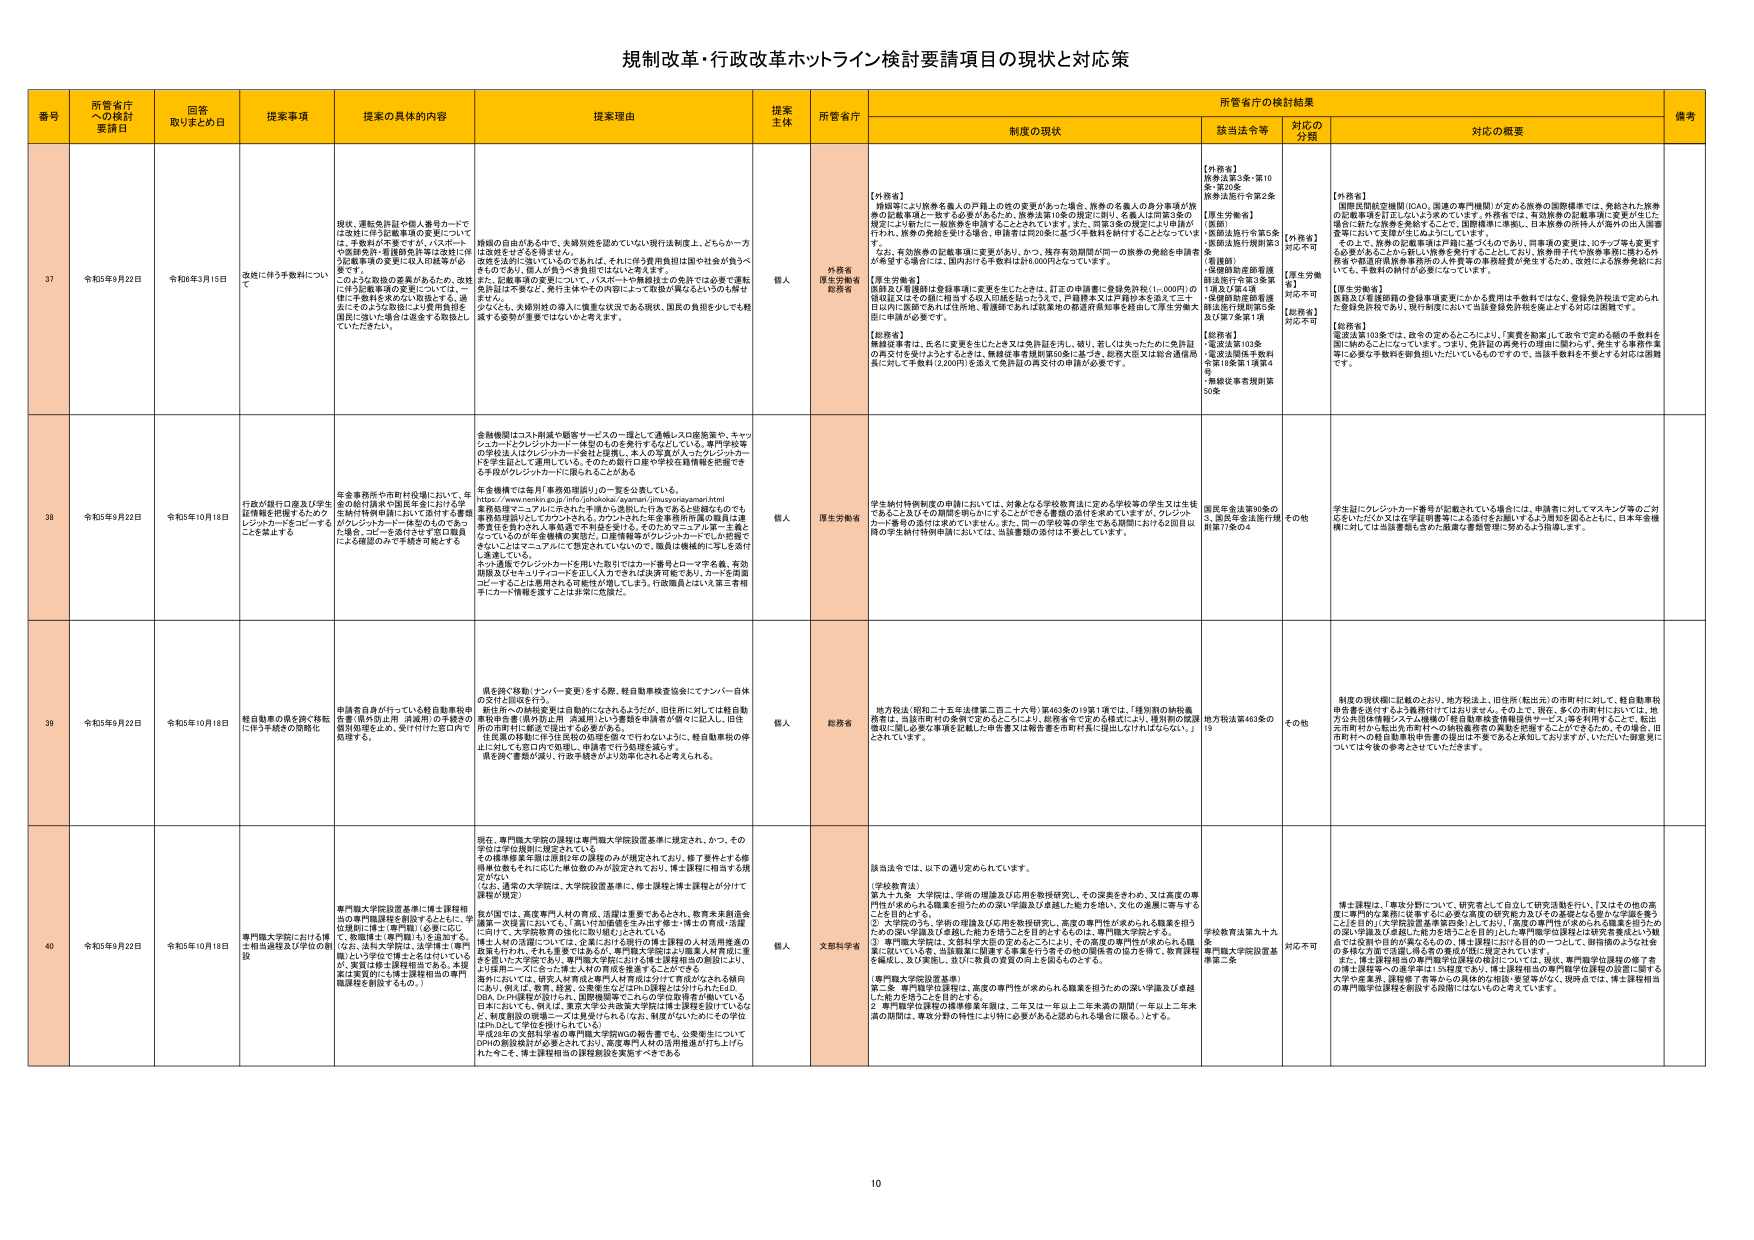
規制改革・行政改革ホットライン検討要請項目の現状と対応策

番号 所管省庁への検討要請日 回答取りまとめ日 提案事項 提案の具体的内容 提案理由 提案主体 所管省庁 制度の現状 所管省庁の検討結果 備考
該当法令等 対応の分類 対応の概要

37 令和5年9月22日 令和6年3月15日 改税に伴う手数料について 現在、運転免許証や個人番号カードでは改姓に伴う記載事項の変更については、手数料が不要ですが、パスポートや旅券等、税関税務等では改姓に伴う記載事項の変更に投入した結果が必ずしも一致しない。このような取扱の差異があるため、改姓に伴う記載事項の変更については、一律に手数料を課さない制度とする。過去にそのような取扱によう旅券用紙を国税に預けた場合は返金する取扱をしていただきたい。 傾向の自由がある中で、夫婦別姓を認めない現行法制度上、どちらか一方が改姓をする旨を届け出、改姓を法的に認しているものであれば、それに伴う旅券用紙は国や社会が負うべきものであり、個人が負うべき負担ではないと考えます。また、記載事項の変更について、パスポートや旅券はその発行にが必要で運転免許証は不要など、発行主体やその内容によって取扱が異なるというのも解せません。少なくとも、夫婦別姓の導入に慎重な状況である現状、国民の負担を少しでも軽減する姿勢が重要ではないかと考えます。 個人 外務省 厚生労働省 総務省 【外務省】
・旅券法により旅券を個人の戸籍上の姓の変更があった場合、旅券の名義人の身分事項が旅券の記載事項に一致する必要があるため、旅券法第10条の規定に則り、名義人は同第3条の規定により新たに「旅券番号申請書」を提出しなければなりません。また、同第3条の規定により申請が行われ、旅券の再発行を行う場合、申請者と氏名等に変更の申請を届け出ることとなっており、なお、有効旅券の記載事項に変更があり、かつ、残存有効期間が同一の旅券の発給を申請者が希望する場合には、国内おける手数料は16,000円となっています。
【厚生労働省】
・国際及び看護師は登録事項に変更を生じたときは、訂正の申請書に登録免許税（1,000円）の別収以外にその間に相当する収入印紙を貼ったうえで、手数料を3万円相当を支払って手数料に支払う必要がある。また、同一の手数料の発行である旅券に加えて2回目以降に手数料が必要です。
【総務省】
・運転免許証は、氏名に変更を生じたときは免許証を汚し、破り、若しくは失ったために免許証の再交付を受けようとするときは、無線従事者規則第50条に基づき、総務大臣又は総合通信局長に対して手数料（2,200円）を添えて免許証の再交付の申請が必要です。 【外務省】
旅券法第3条・第10条・第20条
旅券法施行令第2条
【厚生労働省】
（医師）
・医師法施行令第5条
・医師法施行規則第3条
（看護師）
・看護師助産師看護師法施行令第3条第1項及び第4項
・看護師助産師看護師法施行規則第5条及び第7条第1項
【総務省】
・運転法第103条
・電波法関係手数料令第18条第1項第4号
・無線従事者規則第50条 【外務省】
対応不可
【厚生労働省】
対応不可
【総務省】
対応不可 【外務省】
・国際証明書管理（ICAO、国連の専門機関）が定める旅券の国際標準では、発給された旅券の記載事項を訂正しないよう定めています。外務省では、有効旅券の記載事項に変更が生じた場合に新たに旅券を発行することとし、国際標準に準拠し、日本旅券の所持人が海外の出入国審査等において支障がないようにしています。
・その上で、旅券の記載事項は戸籍に基づくものであり、同審査の要件は、ICチップ等も変更する必要があることから新しい旅券を発行することとしており、旅券発行代や旅券事務に関する行政費や都道府県旅券事務所の人員費等の事務経費が発生するため、改姓による旅券発給においても、手数料の納付が必要になっています。
【厚生労働省】
・医師及び看護師の登録事項変更にかかる費用は手数料ではなく、登録免許税は定められ、登録免許税をあら、現行制度において当該登録免許税を廃止とする対応は困難です。
【総務省】
・運転法第103条では、政令の定めるところにより、「実費を勘案」して政令で定める額の手数料を徴収することになっております。つまり、免許証の再発行の理由に関わらず、発生する事務作業等に必要な手数料を御負担いただいていくものですので、当該手数料を不要とする対応は困難です。

38 令和5年9月22日 令和5年10月18日 行政が銀行口座及び学生証情報等を把握するためクレジットカードをコードするこを禁止する 年金事務所や市町村役場において、年金の給付情報や国民年金における学生証情報等を把握し、これに付する番号（クレジットカード一体型のものであって、学生証、コピーを添付せず窓口職員による確認のみで手続き可能とする 全体機関はコスト削減や顧客サービスの一環として通帳レス口座振替や、キャッシュカードとクレジットカード一体型のものを発行するなどしている。専門学校等の学校法人はクレジットカード会社と提携し、本人の写真が入ったクレジットカードを学生証として使用している。そのため発行口座や学校名籍情報を把握できる手段がクレジットカードに限られることがある。 年金機構では毎月「業務取扱用リ」の一部を公表している。https://www.nenkin.go.jp/info/johokoku/gyamari/jimusyo/gyamari.html
業務取扱用マニュアルに示された手順から退却した行為であると認識するものでも、業務処理をはじめたカウンタを、カウンタされた年金事務所所属の職員は運営責任を負わされる人事処遇で不利益を受ける。そのためマニュアル等に主導となっているのが年金機構の業務で、口座情報等がクレジットカードに、小規模でないことはマニュアルにて想定されていないので、職員は職権的ににも遂行し運営している。
ネット通販やクレジットカードを用いた取引ではカード番号とローマ字名義、有効期限及びセキュリティコードを記入し入力される状況が多いため、カードを印刷コピーすることは悪用される可能性が増しており、行政職員という第三者もカード情報等を渡すことは非常に危険だ。 個人 厚生労働省 学生納付特例制度の申請においては、対象となる学校教育法に定める学校等の学生又は生徒であることを証する期間を明らかにすることができる書類の添付を求めておりますが、クレジットカード番号の身分は求めていません。また、同一の学校等の学生である期間における2回目以降の学生納付特例申請においては、当該書類の添付は不要としています。 確定年金法第30条の3、国民年金法施行規則第7条の4 その他 学生証にクレジットカード番号が記載されている場合には、申請者に対してマスクング等のご対応をいただければ、学生証情報等による添付を依頼し、より周知を図るとともに、日本年金機構に対しては当該書類を含めた厳格な審査管理に努めるよう指導します。

39 令和5年9月22日 令和5年10月18日 軽自動車の税を除く移転に伴う手数料の簡易化 申請者自身が行っている軽自動車税申告書（県市役所、消滅用）の手続の簡易処理をより、発行付けた窓口内で処理する。 県を跨ぐ移動（ナンバー変更）をする際、軽自動車税変価金にてナンバー自体が交付と回収を行う。
新住所への納税変更は自動的になされるようだが、旧住所に対しては軽自動車税申告書（県市役所、消滅用）という書類を申請者が個々に記入し、旧住所の市町村に郵送で提出する必要がある。
住民票の移動に伴う住民税の処理を図って行われないことに、軽自動車税の申告に於いても窓口内で処理し、申請者で手数料を減らし、県を跨ぐ書類が減り、行政手続がより効率化されると考えられる。 個人 総務省 地方税法（昭和二十五年法律第二百二十六号）第463条の19第1項では、「種別別の納税義務者は、当該市町村の条例で定めるところにより、総務省令で定める様式により、種別別の確認に応じ、必要な事項を記載した申告書又は報告書を市町村長に提出しなければならない。」とされています。 地方税法第463条の19 その他 制度の現状欄に記載のとおり、地方税法上、旧住所（転出元）の市町村に対して、軽自動車税申告書を送付するよう義務付けではおりません。その上で、現在、多くの市町村においては、地方公共団体情報システム機構の「軽自動車税変動確認サービス」等を利用することで、転出元市町村から転出先市町村への納税義務者の職業を把握することができるため、その場合、旧市町村への軽自動車税申告書の提出は不要であると承知しておりますが、いただいた御意見については今後の参考とさせていただきます。

40 令和5年9月22日 令和5年10月18日 専門職大学院における博士相当過程及び学位の創設 専門職大学院設置基準に博士課程相当の専門職課程を創設するように、学位制度に博士（専門職）必要に応じて、教職博士（専門職）も立法とする。（なお、法科大学院は、法学博士（専門職）という学位で博士を名づけているが、実質は修士課程相当である。本提案は実質的にも博士課程相当の専門職課程を創設するもの。） 現在、専門職大学院の課程は専門職大学院設置基準に規定されて、かつ、その学位は学位規則に規定されている。
その結果専攻単位取得の課程のみが規定されており、修士課程とする修得単位数もそれに応じた単位数のみが設定されており、博士課程に相当する規定がない。
なお、通常の大学院は、大学院設置基準に、修士課程と博士課程とが分けて課程が規定）
我が国では、高度専門人材の育成、活躍は重要であるとされ、教育未来創造会議第一次提言においても、「高い付加価値を生み出す修士・博士の育成・活躍について、大学院教育の強化に取り組む」とされている。
博士人材の活躍については、企業における現行の博士課程の人材活用推進の施策も行われ、それらを実行に移される。専門職大学院により高度人材育成に重点を置いた大学院であり、専門職大学院における博士課程相当の創設により、より採用ニーズに合った博士人材の育成を推進することができる。
海外においては、研究人材育成と専門人材育成は分けて育成がなされる傾向にあり、例えば、教育、経営、公衆衛生などはPh.D課程は分かれられている。なお、Ph.D課程が設けられ、国際機関等でこれらの学位取得者が働いている日本においても、例えば、東京大学公共政策大学院は博士課程を設けているなど、制度創設の前進ニーズは見受けられる。結果がないにかかわらず、Ph.Dという学位を採用されている。
平成28年以降、博士課程相当の専門職大学院の創設に際し、高度専門人材のDPHの創設検討が必要とされており、高度専門人材の活用推進が打ち上げられた今こそ、博士課程相当の課程創設を実施すべきである。 個人 文部科学省 該当法令では、以下の通り定められています。
（学校教育法）
第九十九条 大学院は、学問の増進及び応用を教授研究し、その深奥をきわめ、又は高度の専門性を求める人を養成を図るための学、学識及び卓越した能力を備い、文化の進展に寄与することを目的とする。
「2. 大学院のうち、学術の増進及び応用を教授研究し、高度の専門性を求める人を養成を目的ための学、学識及び卓越した能力を培うことを目的とするものは、専門職大学院とする。
3. 専門職大学院は、文部科学大臣の定めるところにより、その高度の専門性が求められる職業に応じている者、当該職業に従事する事業を行う者その他の関係者の協力を得て、教育課程を編成し、及び実施し、並びに教員の資質の向上を図るものとする。
（専門職大学院設置基準）
第二条 専門職学位課程は、高度の専門性が求められる職業を担うための深い学識及び卓越した能力を養うことを目的とする。
2. 専門職学位課程の標準修業年限は、二年又は一年以上三年未満の期間（一年以上二年未満の期間は、専攻分野の特性により特に必要があると認められる場合に限る。）とする。 学校教育法第九十九条
専門職大学院設置基準第二条 対応不可 博士課程は、「専攻分野について、研究者として自立して研究活動を行い」「又はその他の高度に専門的な業務に従事するに必要な高度の研究能力及びその実現となる能力」を有する者を養うことと目的（大学院設置基準第2条）としており、「高度の専門性が求められる職業を担うための深い学識及び卓越した能力を培うことを目的」とした専門職学位課程とは研究者養成という観点では役割や目的が異なるもので、博士課程における目的の一つとして、研究職のような社会の多様な方面で活躍し得る者の育成が想定・期待されています。
また、博士課程相当の専門職学位課程の創設については、現状、専門職学位課程の修了者の博士課程等への進学率は1.5%程度であり、博士課程相当の専門職学位課程の設置に寄与する大学の推進、課題修了者等からの具体的な相談・要望等がなく、現時点では、博士課程相当の専門職学位課程を創設する段階にはないものと考えています。

10